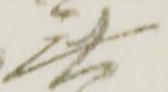
無